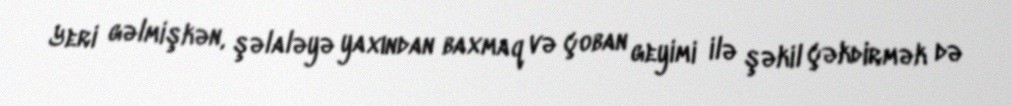
Yeri gəlmişkən, şəlaləyə yaxından baxmaq və çoban geyimi ilə şəkil çəkdirmək də